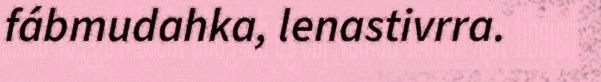
fábmudahka, lenastivrra.